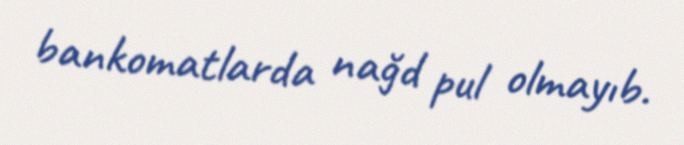
bankomatlarda nağd pul olmayıb.